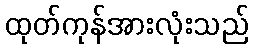
ထုတ်ကုန်အားလုံးသည်